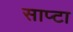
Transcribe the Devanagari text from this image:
साप्टा